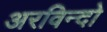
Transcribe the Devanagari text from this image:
अरविन्दो